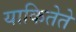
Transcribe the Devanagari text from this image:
याकितेते